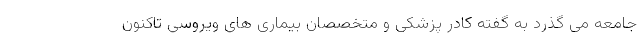
جامعه می گذرد به گفته کادر پزشکی و متخصصان بیماری های ویروسی تاکنون